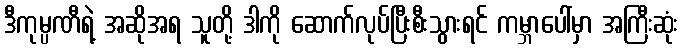
ဒီကုမ္ပဏီရဲ့ အဆိုအရ သူတို့ ဒါကို ဆောက်လုပ်ပြီးစီးသွားရင် ကမ္ဘာပေါ်မှာ အကြီးဆုံး